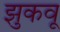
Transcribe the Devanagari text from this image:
झुकवू